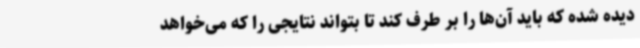
دیده شده که باید آن‌ها را بر طرف کند تا بتواند نتایجی را که می‌خواهد